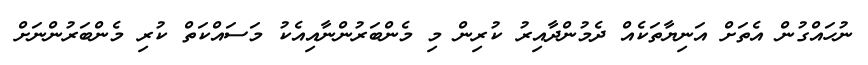
ނުހައްގުން އެތަށް އަނިޔާތަކެއް ދެމުންދާއިރު ކުރިން މި މެންބަރުންނާއިއެކު މަސައްކަތް ކުރި މެންބަރުންނަށް